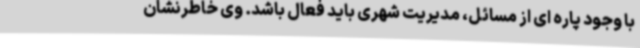
با وجود پاره ای از مسائل، مدیریت شهری باید فعال باشد. وی خاطرنشان